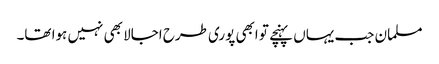
مسلمان جب یہاں پہنچے تو ابھی پوری طرح اجالا بھی نہیں ہوا تھا۔